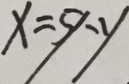
x = 5 - y